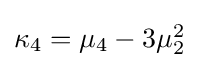
{\textstyle \kappa _{4}=\mu _{4}-3\mu _{2}^{2}}